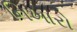
નિખારો